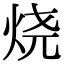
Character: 烧